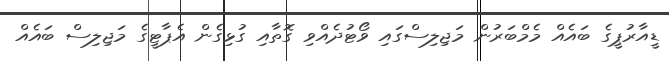
ޑީއާރުޕީގެ ބައެއް މެމްބަރުން މަޖިލިސްގައި ވޯޓުދެއްވި ގޮތާއި ގުޅިގެން އެޕާޓީގެ މަޖިލިސް ބައެއް